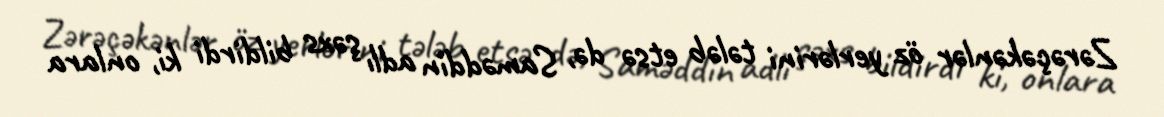
Zərəçəkənlər öz yerlərini tələb etsə də, Saməddin adlı şəxs bildirdi ki, onlara